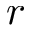
r